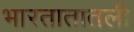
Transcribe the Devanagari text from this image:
भारतातातली